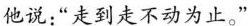
他说:“走到走不动为止。”